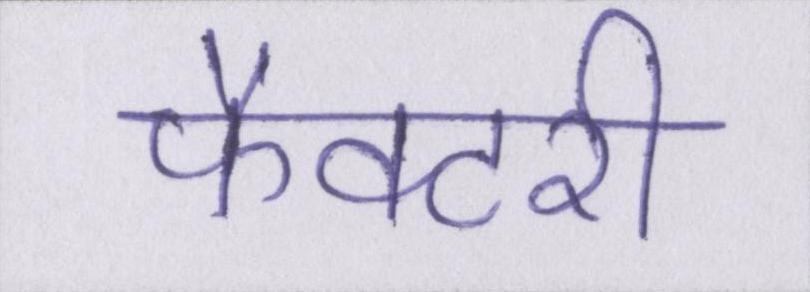
फैक्टरी